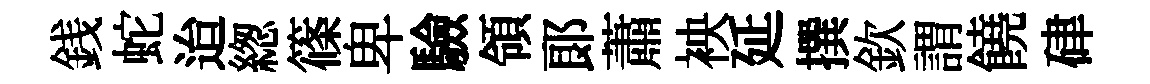
銭蛇迨緫篠卑驗領郞蕭䘧延撰欽謂饒硉